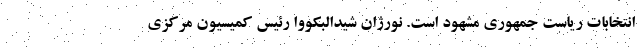
انتخابات ریاست جمهوری مشهود است. نورژان شیدالبکووا رئیس کمیسیون مرکزی